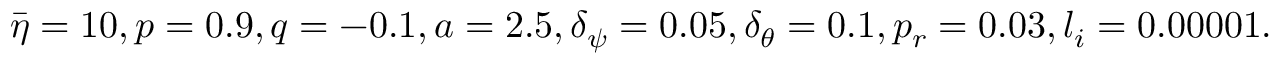
\bar { \eta } = 1 0 , p = 0 . 9 , q = - 0 . 1 , a = 2 . 5 , \delta _ { \psi } = 0 . 0 5 , \delta _ { \theta } = 0 . 1 , p _ { r } = 0 . 0 3 , l _ { i } = 0 . 0 0 0 0 1 .